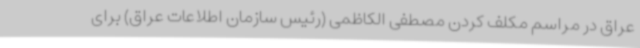
عراق در مراسم مکلف کردن مصطفی الکاظمی (رئیس سازمان اطلاعات عراق) برای